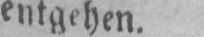
entgehen.